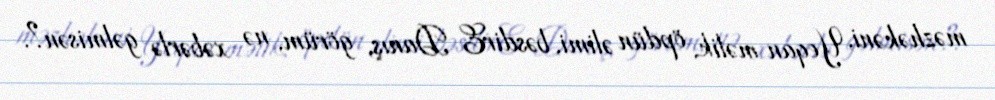
məzhəkəni, Yeqan məlik, öpdün əlimi, bəsdirE Danış, görüm, nə xəbərlə gəlmisən?.